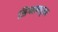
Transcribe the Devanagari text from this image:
सिग्मामधूनच